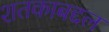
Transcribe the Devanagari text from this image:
शतकाबद्दल